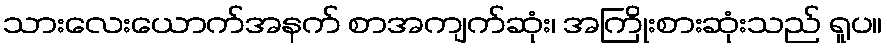
သားလေးယောက်အနက် စာအကျက်ဆုံး၊ အကြိုးစားဆုံးသည် ရူပ။